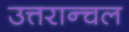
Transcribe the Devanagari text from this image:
उत्तरान्चल